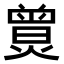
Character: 𤎯